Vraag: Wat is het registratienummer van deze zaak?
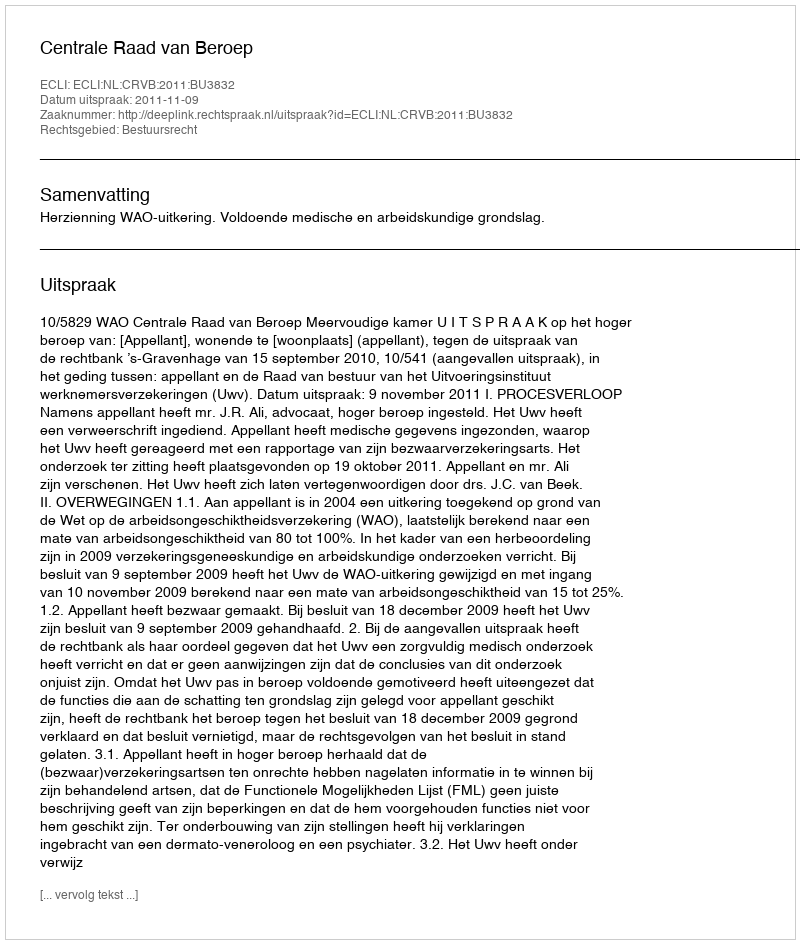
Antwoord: http://deeplink.rechtspraak.nl/uitspraak?id=ECLI:NL:CRVB:2011:BU3832